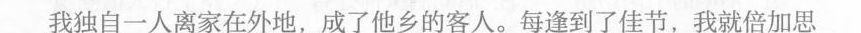
我独自一人离家在外地，成了他乡的客人。每逢到了佳节，我就倍加思